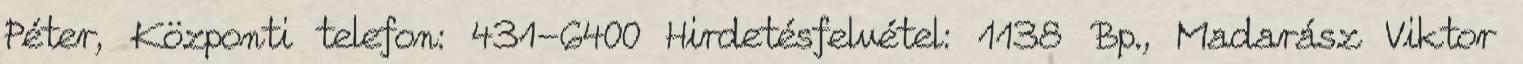
Péter, Központi telefon: 431-6400 Hirdetésfelvétel: 1138 Bp., Madarász Viktor